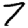
Digit: 7